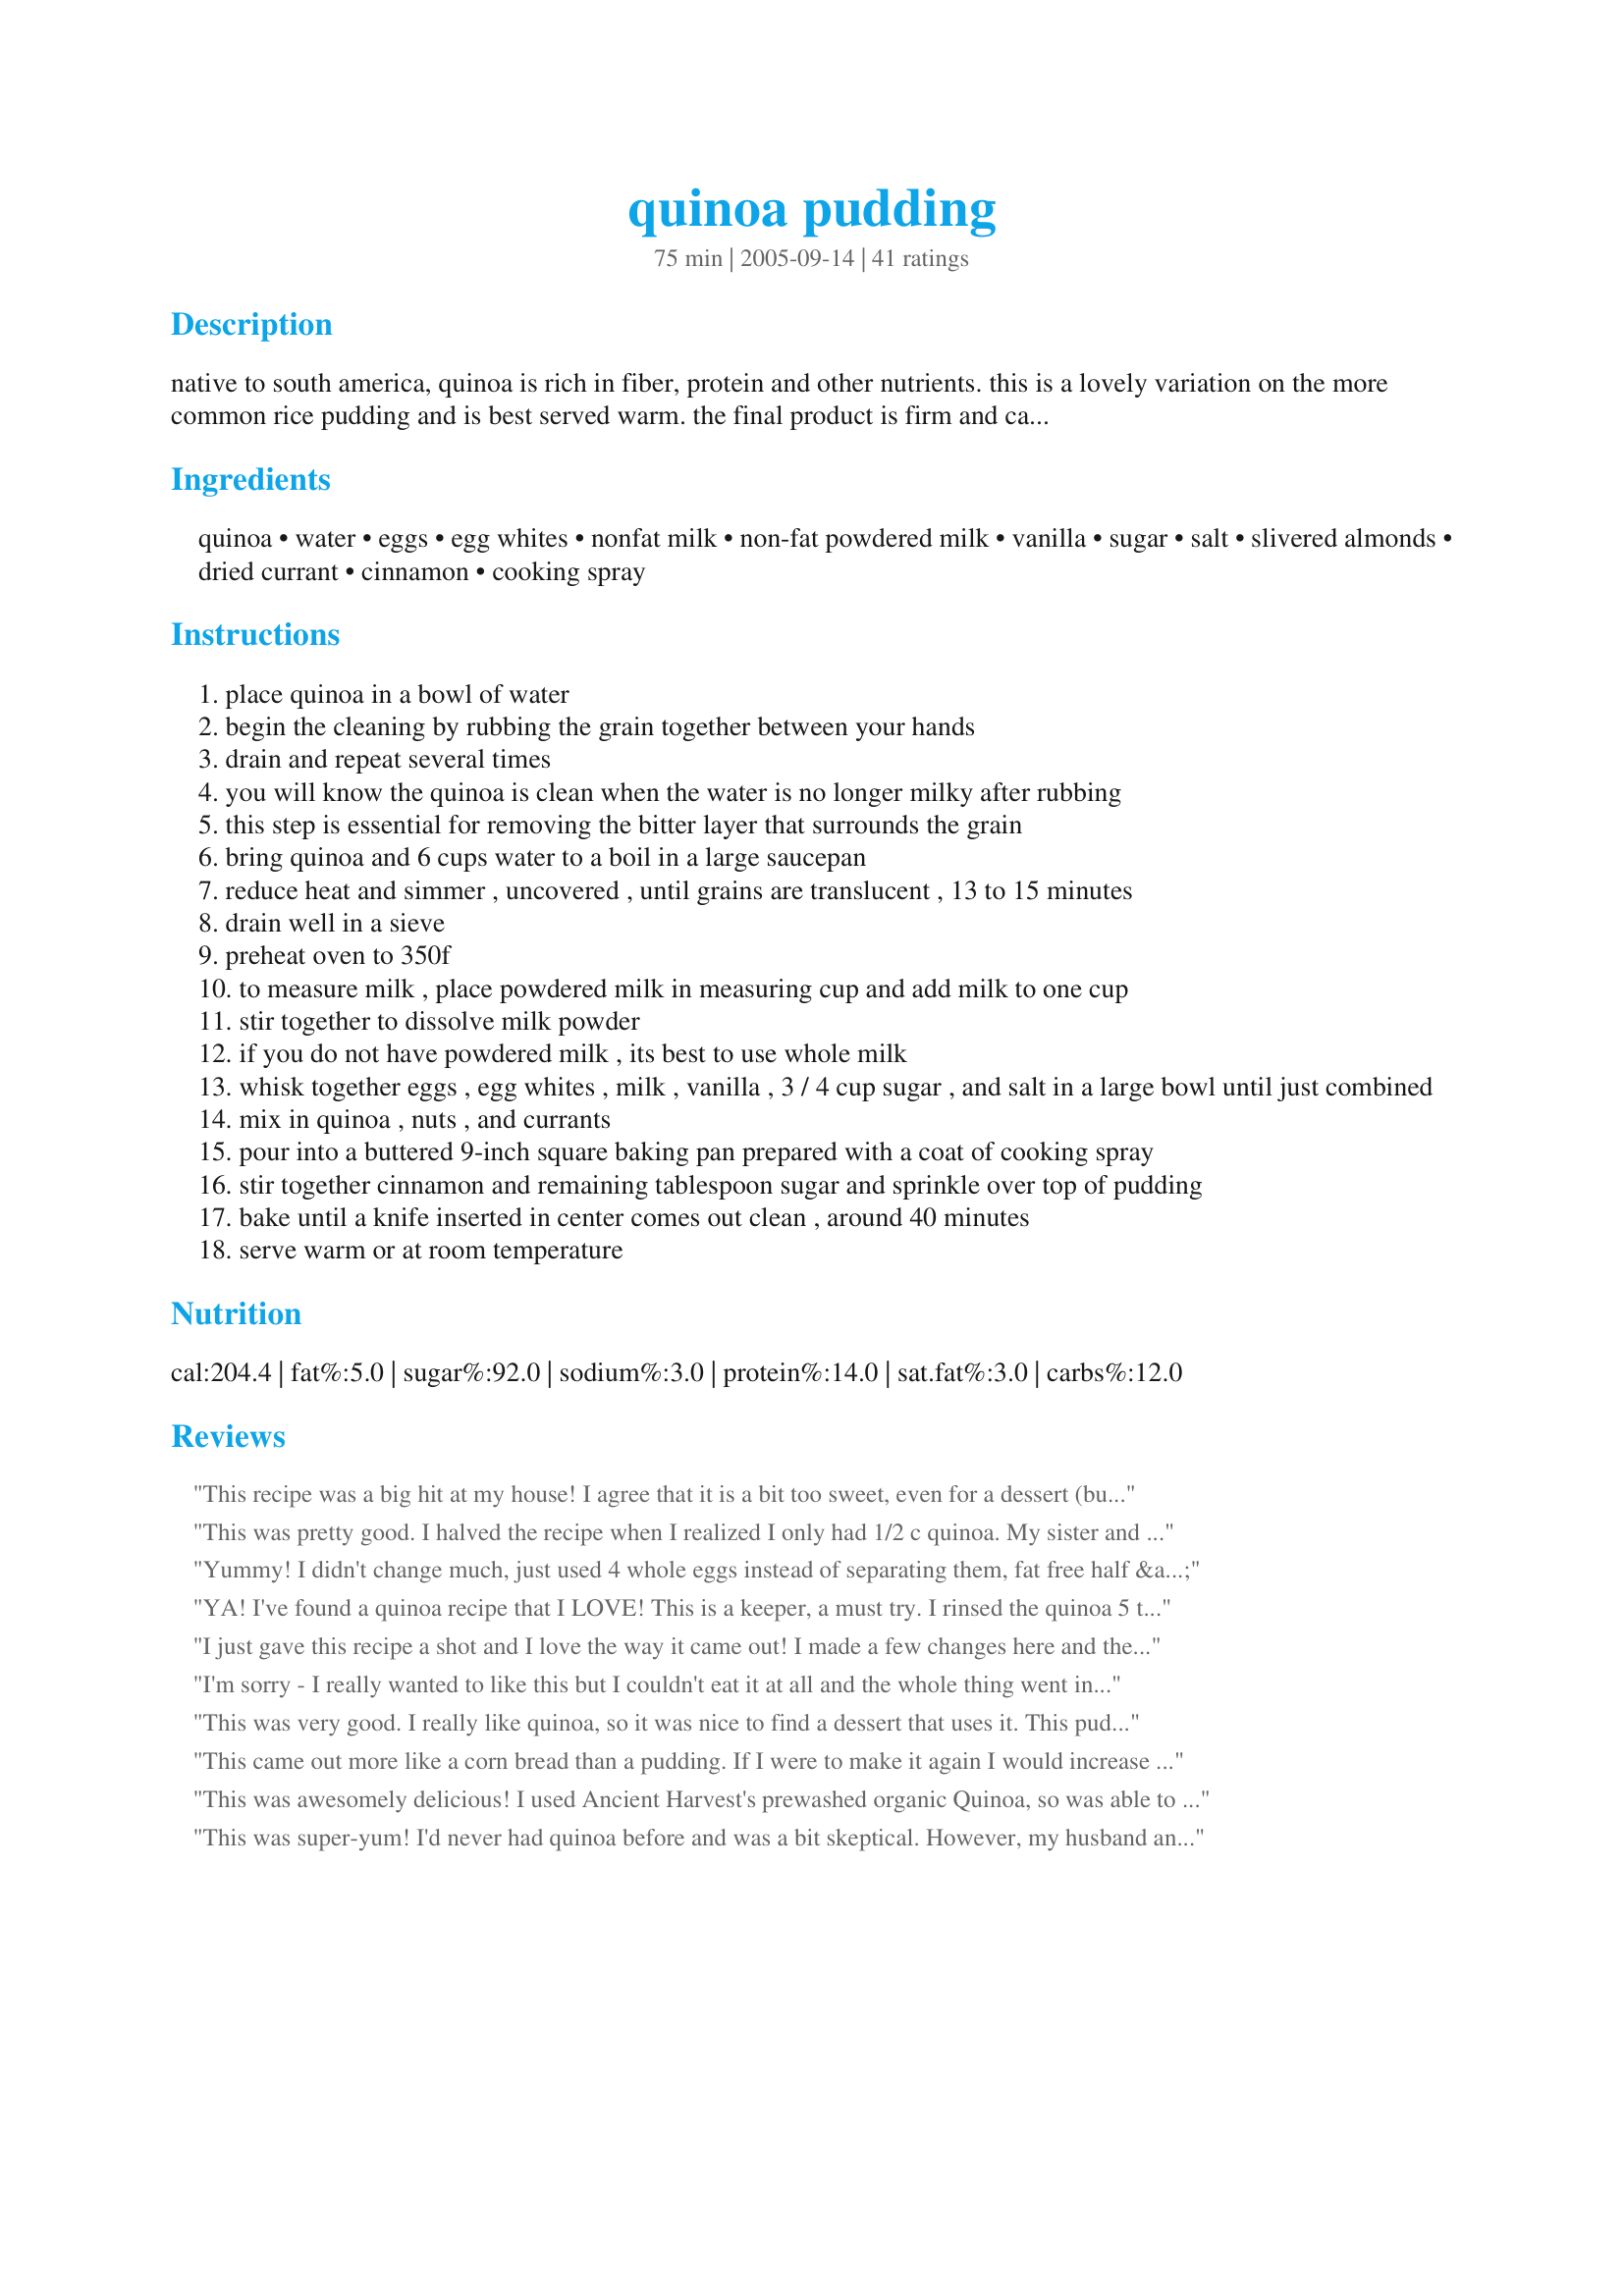
quinoa pudding
Preparation time: 75 minutes

native to south america, quinoa is rich in fiber, protein and other nutrients. this is a lovely variation on the more common rice pudding and is best served warm. the final product is firm and can be sliced. top with your favorite fruit and this dessert makes for a terrific breakfast. since i tend to not like my desserts very sweet, i usually make this with 2/3 cup sugar or a combination of sugar and splenda. (for core followers, you can make this core bu skipping the currants and nuts, and replacing the sugar with splenda. add the splenda towards the end to avoid the artificially sweetened taste.)

Ingredients:
quinoa, water, eggs, egg whites, nonfat milk, non-fat powdered milk, vanilla, sugar, salt, slivered almonds, dried currant, cinnamon, cooking spray

Steps:
place quinoa in a bowl of water
begin the cleaning by rubbing the grain together between your hands
drain and repeat several times
you will know the quinoa is clean when the water is no longer milky after rubbing
this step is essential for removing the bitter layer that surrounds the grain
bring quinoa and 6 cups water to a boil in a large saucepan
reduce heat and simmer , uncovered , until grains are translucent , 13 to 15 minutes
drain well in a sieve
preheat oven to 350f
to measure milk , place powdered milk in measuring cup and add milk to one cup
stir together to dissolve milk powder
if you do not have powdered milk , its best to use whole milk
whisk together eggs , egg whites , milk , vanilla , 3 / 4 cup sugar , and salt in a large bowl until just combined
mix in quinoa , nuts , and currants
pour into a buttered 9-inch square baking pan prepared with a coat of cooking spray
stir together cinnamon and remaining tablespoon sugar and sprinkle over top of pudding
bake until a knife inserted in center comes out clean , around 40 minutes
serve warm or at room temperature

Reviews:
This recipe was a big hit at my house! I agree that it is a bit too sweet, even for a dessert (but that's my preference). I actually made this for breakfast, and it completely disappeared. Even my daughter, who is super finicky and doesn't really like quinoa, liked it. Next time I make it, I will try either rapadura or maple syrup. I also didn't get the custardy layer, despite using less quinoa (I think I halved it, was using quinoa I had cooked the evening before so not sure how much I had to begin with), and the whole amount of eggs, etc. (did not add fruit or nuts this time). I also used whole milk and whole eggs. I did get pockets of custard, but will keep working on trying to get The Layer. Loved this recipe, thanks for posting!!
This was pretty good. I halved the recipe when I realized I only had 1/2 c quinoa. My sister and I ate it all because it was healthy tasting and delicious, but our husbands were not interested. If I make it again I will probably cook the quinoa until overly soft, but I may just switch it for the less health white rice which would be ohhh so good!
Yummy! I didn't change much, just used 4 whole eggs instead of separating them, fat free half & half instead of nonfat milk and 1 teaspoon cinnamon instead of 1/8 teaspoon. I got the nice custard layer on top and the extra cinnamon really added a great flavor. Thanks for sharing this unusual recipe. I will make this again.
YA! I've found a quinoa recipe that I LOVE! This is a keeper, a must try. I rinsed the quinoa 5 times before the water was clear. I didn't have non-fat milk powder on hand so I just used the nonfat milk and thought the end result was still very creamy and rich. I also chose to only use 1/2 cup sugar and felt it was plenty sweet for my own taste. I think the "brulee" type topping and the addition of almonds adds interest and a nice crunch. I didn't add raisins because I don't care for them. Thanks, Toni, for the terrific recipe!
I just gave this recipe a shot and I love the way it came out! I made a few changes here and there; 3 egg substitutes, 3/4 c. quinoa, 3/4 c. soy milk, 1/4. fat free half and half, ideal sugar substitute, no almonds/currants. I made less quinoa (I only have 8x8 pan) but still used the same amount of milk. It came out a great yummy custardy layer on top. Wonderful! Thank you for the recipe.
I'm sorry - I really wanted to like this but I couldn't eat it at all and the whole thing went in the bin. I've given 3 stars because, in the recipe's defence, I've never tried quinoa before I tried this recipe so it may be simply that I don't like quinoa, period, rather than I just don't like this recipe. I made the core version. Perhaps it just wasn't what I expected but I really struggled with the flavour - sort of overly eggy. It also tasted a bit burnt, although I didn't burn it (if that makes sense). It's not very sweet (it's probably better with the fruit and nuts), but that's not really a problem, and it didn't come out looking anything like the photo for some reason so perhaps I did something wrong. Anyway, I won't be having this again I'm afraid, but I still have half a bag of quinoa left so I'll try a savoury recipe with it next time and will re-evaluate whether my distaste for this recipe is due to a general dislike for quinoa.
This was very good. I really like quinoa, so it was nice to find a dessert that uses it. This pudding had a very nice texture and flavor. My pudding didn't form a custard layer on the top; I was a little disappointed, but it was good without it, too. Thanks for posting!
This came out more like a corn bread than a pudding. If I were to make it again I would increase the amount of the liquid ingredients, I would probably add 1 egg and 1/2 cup of cream. My youngest 2 kids really liked it s is.
This was awesomely delicious! I used Ancient Harvest's prewashed organic Quinoa, so was able to skip the first step. Since I didn't have currants on hand, but had golden raisins that need to be used up, I substituted them. I did use slivered almonds, my own extracted vanilla and grated fresh nutmeg on top along w/the cinnamon and sugar. As suggested in the instructions, I used whole milk. We just had it hot for breakfast. DH poured some of my homemade maple syrup (refrigerated from french toast a couple days ago) on his serving and went back for seconds (small eater so this was significant!). I ate mine as it came out of the baking dish and thought it was perfect. I did use a little less sugar than the recipe called for. Thanks for sharing!
This was super-yum! I'd never had quinoa before and was a bit skeptical. However, my husband and I were thrilled with how it came out. The only substitution I made was using soy milk instead of the non-fat. The hardest part of the recipe (I think) was cleaning the quinoa. Other than that, it was very easy to make. Thanks so much for a great recipe!
This is certainly not healthy. With only 1 cup of quinoa the rest is mostly sugar, eggs and milk.
Finally found quinoa in a health food store, so this was an easy recipe to make! I do like sweet so included the full measure of sugar, & also increased the amount of cinnamon to a rounded 1/2 teaspoon ~ Ended up with a GREAT TASTING DESSERT, & one definitely worth making again! [Made & reviewed while on tour in South & Central America with the Zaar World Tour 4]
I'm new to quinoa and I really like the idea of using it in a sweet dish. I used whole milk and mixed dried fruit includ some citrus peel which gave it a lift. My almonds floated to the top and formed a rather lovely layer on top of a slightly custard-y layer above the quinoa and raisins. Its very compelling to eat (on my second helping...).
I like rice pudding and I loved this quinoa pudding recipe. The quinoa has a nice chewy texture. If you like rice pudding, you'll like this recipe - great for something different. I didn't use nuts or raisins - I used dried cranberries.
Very very good.. I FELT like I was eating something more healthier, but need to cut down the sugar IMHO.

Oh, my fault, but WASH THIS GRAIN VERY VERY WELL.. I could still taste an off flavor from it.
This is a really tasty and unique dessert! I eat a lot of quinoa but never made a sweet dish with it. I would give it five stars, but I didn't get that delicious looking custard layer on top. My quinoa must have just soaked up all the other ingredients. I didn't have any currants so I added some dried cranberries to this. Next time I would leave them out, I think it would be better without any added fruit. I also added sliced almonds because that was what I had in my pantry. I love the texture that they added. I used about 1/2 cup splenda and 1/4 cup sugar, and used 2 tablespoons of fat free half & half in place of the powdered milk. I would love to know from anyone that ended up getting that custard layer on top if they have any secrets! I enjoyed this, but I would enjoy it a lot more with that added layer :-)
This was my first quinoa recipe. My husband absolutely loves rice pudding, so I thought I'd try this. He did really like it.

One thing though, there was no nice creamy layer on top of mine. Any ideas why that might be? I think I may have liked it more had it had that layer.

Another thing, the brand of quinoa I bought (Bob's Red Mill - Organic whole grain quinoa) says, "...has been thoroughly rinsed and air dried to remove the naturally occurring bitter saponins, so it can be used without rinsing." So I skipped that step.
This recipe is super sweet even after cutting out 1/3 of the sugar. I didn't have any of the nuts or currants so I added 2 bananas, 1 tsp cinnamon, and 1/2 tsp nutmeg. I also used 1 c whole milk instead of milk + powder and added 1 tsp natural corn starch to help it thicken while cooling. Even after 50 minutes I had a layer of water come to the surface after knife testing, so it was a good thing I added the starch or it might have ended up a watery dish (gross!). The texture is somewhere between oatmeal and rice pudding.
Thank you for this recipe. I have made it twice now, and it is easy and tasty. I use craisins and walnuts. I like it cold for breakfast.
This was a great dessert! I tweaked the recipe a bit, but stayed mostly the same. Thanks for the recipe!
This was a wonderful treat. I used fresh currants instead of dried because I had some. They gave a nice tartness to the sweet dessert. This was my first time using Quinoa and so far I am liking it. Thank you!
Really interesting recipe! I love quinoa but I've never tried it in a dessert before; on one hand I thought it lent a slightly odd earthy flavor to the dish, but on the other, it was a really interesting substitute for rice, and it made me feel better to think about how much healthier this was than rice pudding. I must also say that I really appreciated Narshmellow's review... I was curious and tried to replicate it (in my case, 6 oz quinoa but double of everything else, using 2 c whole milk, 6 whole eggs, and ground almonds), and sure enough, the quinoa practically absorbed every drop of the custard during baking. (I did let it cool in the fridge for a few hours before I baked it, which might have given the quinoa more time to absorb.) I think you could add even more and be okay, particularly if you like the custardy top layer (my quinoa absorbed so much, the dish barely had any on top!). To accommodate the extra liquid, I baked mine in a 9 x 13 pan, and had to add about another extra 30 min cooking time (the refrigeration might have been a factor here too). Oh, and I put a bit of nutmeg in the cinnamon-sugar topping... yummy. Definitely one I'd make again.
This was really good, but a little different from what I was expecting. I was expecting a little more custard like I know rice pudding should have, but the quinoa part was pretty dry. Sweet, tasty, but not "pudding like" Does anyone have a solution to make the quinoa slightly creamier? Otherwise tastes really great even when made with Splenda!
This was really good. I had it for breakfast almost every day for a week. I put dried cranberries in it and used 1/2 cup of sugar. I think next time I will make half the recipe as I was the only one eating it, but not because it wasn't tasty!
3 1/2 stars This is too sweet. I made this with 1/4 cup quinoa which I first toasted and recommend. I cooked it in extra water, egg replacer with an additional egg (I recommend real eggs), 1/2 cup rice milk & full fat coconut milk (I also recommend only whole milk), extra non-alcohol vanilla, brown sugar in the quinoa, white sugar on top with extra cinnamon. I used slivered almonds and sweetened dried cranberries. Mine didnt thicken up and there was still liquid in the bottom but Im sure its because of my substitutions so my star rating is not taking that into account or this would be 2 1/2 stars. I also did not get the creamy top. I may try making this again but I doubt it.
I LOVE quinoa and have been looking for yummy recipes. This was quite good. I didn't get the custard/quinoa in layers like in the photo. Mine looked like the bottom part only. The taste was really good, a little sweet for me personally. My eldest son loved it, my husband and the other two didn't care for it, but they don't like rice pudding or anything like that. I used 3 eggs (no egg whites) I used 1% milk (no dry milk.) I used chopped pecans instead of almonds and no currants. I will definitely use this recipe again.
Super delicious! We came across quinoa after reading Eat This, Not That and we gave it a try. Tips: Wash very, very well. Then toast it using the recipe for toasting quinoa on Zaar. This was sweet and I might try a little less sugar next time, but my 12 y.o. son loved it as is and ate the majority of it. I will definitely be making this again and again!! Thanks for the great recipe!
I um... I sorta messed up when I made this and it still turned out wonderful. I used half the amount of quinoa (I was planning to half the recipe to see if I liked it) but I put in the full amount of everything else. I thought there would be a ton of custard (which would be fine), but the quinoa just soaked it in. 

I used whole milk as suggested in the recipe, 3 whole eggs (no egg whites), and honey (halved it because it's sweeter than sugar). I also used a baking spice mix recipe, found on Zaar, in place of the cinnamon and put in 1/2 tsp. 

This was a sweet, creamy, alternative to rice pudding that I just loved. Next time I make it I'm going to put almond meal in place of the chopped almonds. I loved the almond taste but I like a creamy pudding not with a crunch, and the chopped almonds were not my favorite thing in this.

Thanks for a fabulous recipe!
This didn't go over well with me or the fam. I cut back on carbs and fat by using plain soy milk, egg whites, and agave, but those things aside, it was the earthy flavor of the grain itself that didn't seem to go with the sweetness of the custard. Thanks anyway, and it was worth a shot, since I really miss rice pudding while watching carbs. For those who want to try it, I will say that my subs didn't change the consistency of the dish, as far as I can tell... It was really creamy and sweet with a wonderful custard consistency. Just didn't care for the quinoa as a dessert. I'll stick to savory things with it.
I&#039;m having mixed reviews from my family on this dish, honestly I used the full cup of quinoa, I wish I had used less because I found it ate all the moisture up(and I added extra) I used maple syrup as a sweetener, almond milk, and coconut extract, tossed in some raisins ans apricots. Its tasty, kinda, lol maybe I just have to accept im not a huge quinoa fan? I will try it again to, and tweek the recipe some more. OH and I also toasted my quinoa before cooking it, with some shredded coconut. My kids ploughed through it like it was gold tho... :)
Healthy and nutritious! I enjoyed it. I added a half-cup of Splenda instead of sugar, which I prefer. I will add this recipe to my cookbook and will make it again. Thanks for sharing.
I tried this recipe tonight as a dessert and it turned out really well. I didn't use powdered milk and substituted 2% with a little half and half to make 1 cup. It didn't turn out as creamy as I had hoped, but I may not have cooked the quinoa enough before baking (I've only made quinoa one other time, so I wasn't entirely sure when it was fully cooked). The taste was really nice, however; just like rice pudding my mom makes. I'll definitely make this again as a way to get more quinoa in my diet.
My first time ever making any kind of pudding. I give this 5 stars even though mine didn't come out like the pic i.e. with the custardy top. No doubt because I tweaked the recipe a bit. I used 2 whole eggs, 1/4 cup brown sugar, 1/2 cup mix of almond and soy milk and no sprinkled sugar on top, just cinnamon. I liked it when it came out but loved it for breakfast this morning - heated up. Thanks for the easy to follow recipe!
this was my first time eating quinoa and i was hoping to love it because of all the good reveiws, but it just had a weird taste. i think it probably would be better in a savory dish.
wow...what a great healthier alternative to rice pudding - not as creamy as i expected, but, definitely yummy
Looking at Heather'sKitchen's photo, I am thinking she poured the mixture on top of the quinoa in the pan. Think I will try that next time. Love this way to use quinoa! 5 stars.
I loved it! It was yummy nice and hot out of the oven, and it was yummy cold the next day too! I'll deffinately bake this again!
It was good and it was my first time trying it and i was over my friends house and she made me try is so it is good. :)
This tasted absolutely fantastic! It was not as creamy as (like a rice pudding) as you would expect and I didn't get that custard layer at the top like the photo shows. That's the only reason why I didn't give it 5 stars. Don't let the lack of creamy/rice pudding texture stop you from making this it's is REALLY REALLY good! Don't get me wrong, despite it having a different texture than expected, the texture was still quite good. Make it, you won't be disappointed.
This is a very interesting recipe, I have to agree. I found it okay, but my husband just loved it. It's a bit hard to find quinoa where I live, but I ended up finding it. Hubby added honey on top and just loved it. So I am giving it five stars. Thanks for a very different dish to make!
This was very good, but too sweet for my tastes. Next time, I will take your suggesting and reduce the amount of sugar. I did use a Splenda blend and omitted the currants. The currants would be a tasty addition, however. I thought the quinoa was a chore to clean and will look for an easier way to do this in the future, if there is an easier way.
